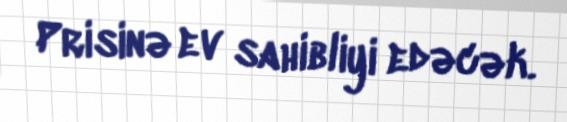
Prisinə ev sahibliyi edəcək.